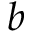
b